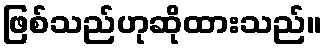
ဖြစ်သည်ဟုဆိုထားသည်။